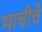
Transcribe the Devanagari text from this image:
भाचीचे